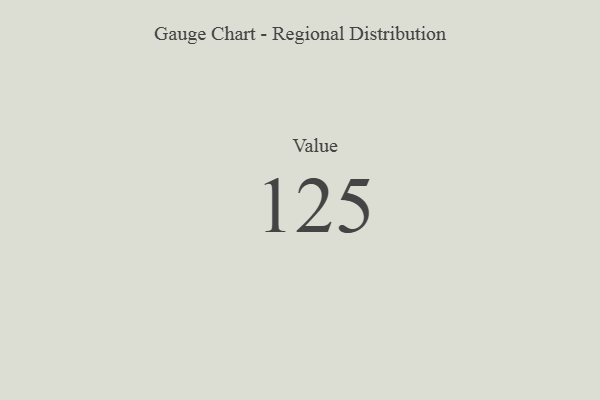
{"axis": {"x": "Metric", "y": "Value"}, "legend": [""], "data": [{"x": "Value", "y": 125, "type": ""}]}